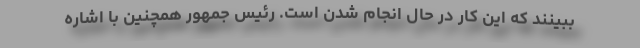
ببینند که این کار در حال انجام شدن است. رئیس جمهور همچنین با اشاره